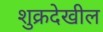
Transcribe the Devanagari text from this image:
शुक्रदेखील